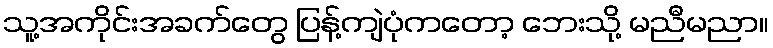
သူ့အကိုင်းအခက်တွေ ပြန့်ကျဲပုံကတော့ ဘေးသို့ မညီမညာ။